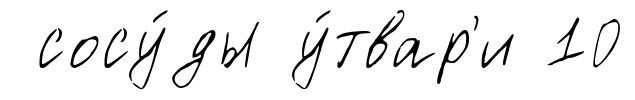
сосу́ды у́твар'и 10